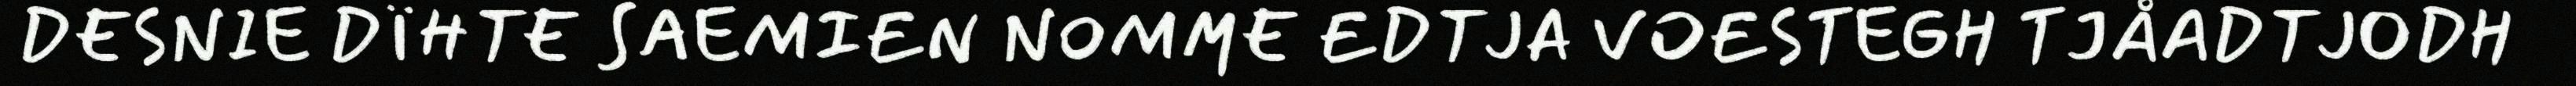
DESNIE DÏHTE SAEMIEN NOMME EDTJA VOESTEGH TJÅADTJODH